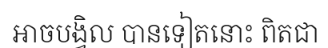
អាចបង្វិល បានទៀតនោះ ពិតជា